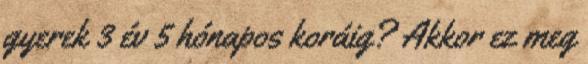
gyerek 3 év 5 hónapos koráig? Akkor ez meg